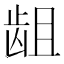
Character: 龃